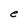
Character: e